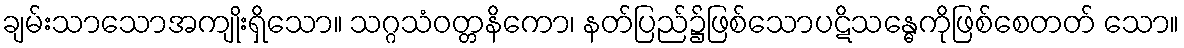
ချမ်းသာသောအကျိုးရှိသော။ သဂ္ဂသံဝတ္တနိကော၊ နတ်ပြည်၌ဖြစ်သောပဋိသန္ဓေကိုဖြစ်စေတတ် သော။